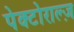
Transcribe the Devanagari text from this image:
पेक्टोराल्ज़